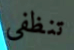
تنظفي